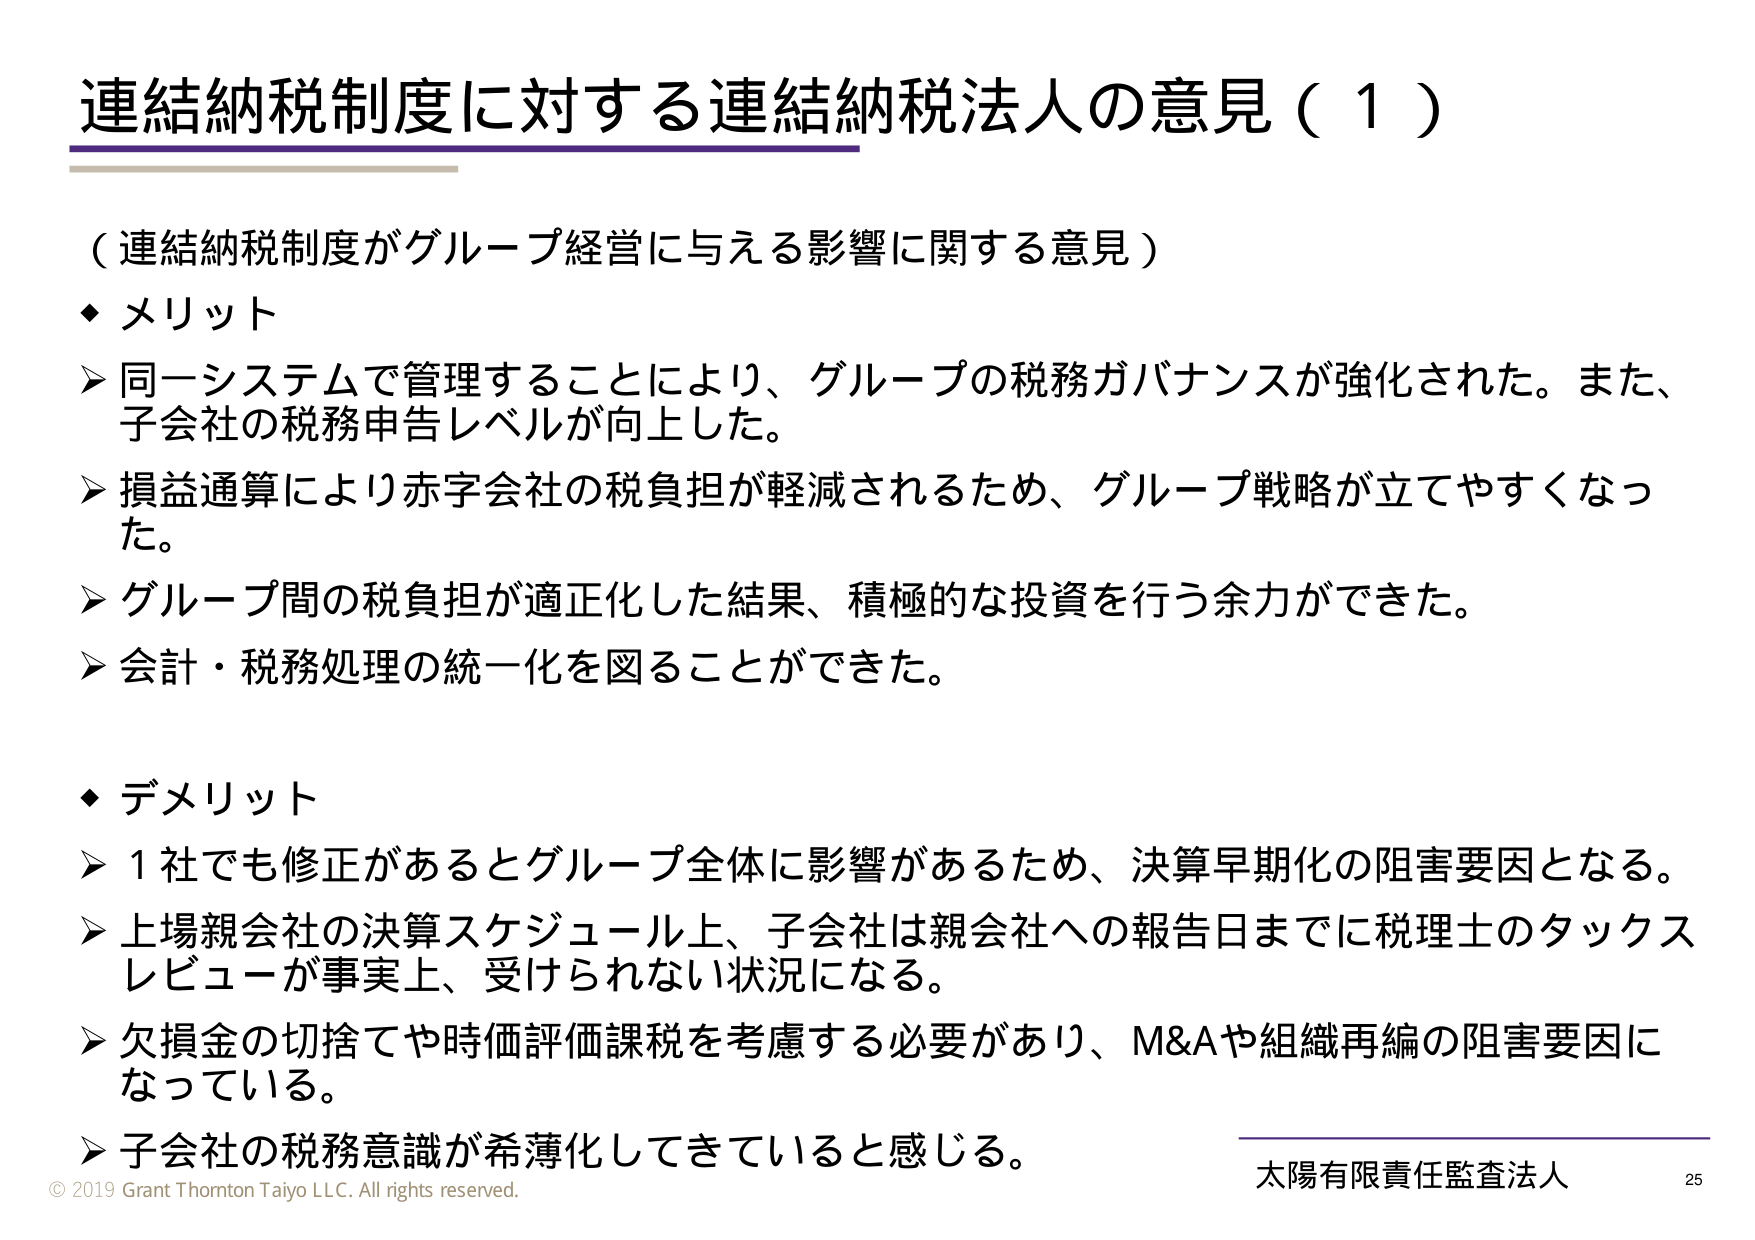
連結納税制度に対する連結納税法人の意見（１）

（連結納税制度がグループ経営に与える影響に関する意見）

◆ メリット
➤ 同一システムで管理することにより、グループの税務ガバナンスが強化された。また、子会社の税務申告レベルが向上した。
➤ 損益通算により赤字会社の税負担が軽減されるため、グループ戦略が立てやすくなった。
➤ グループ間の税負担が適正化した結果、積極的な投資を行う余力ができた。
➤ 会計・税務処理の統一化を図ることができた。

◆ デメリット
➤ 1社でも修正があるとグループ全体に影響があるため、決算早期化の阻害要因となる。
➤ 上場親会社の決算スケジュール上、子会社は親会社への報告日までに税理士のタックスレビューが事実上、受けられない状況になる。
➤ 欠損金の切捨てや時価評価課税を考慮する必要があり、M&Aや組織再編の阻害要因になっている。
➤ 子会社の税務意識が希薄化してきていると感じる。

© 2019 Grant Thornton Taiyo LLC. All rights reserved.
太陽有限責任監査法人 25